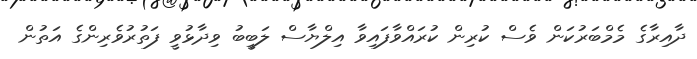
ދާއިރާގެ މެމްބަރުކަން ވެސް ކުރިން ކުރައްވާފައިވާ އިލްޔާސް ލަބީބު ވިދާޅުވީ ފަތުރުވެރިންގެ އަތުން